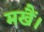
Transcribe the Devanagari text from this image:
मखैं।